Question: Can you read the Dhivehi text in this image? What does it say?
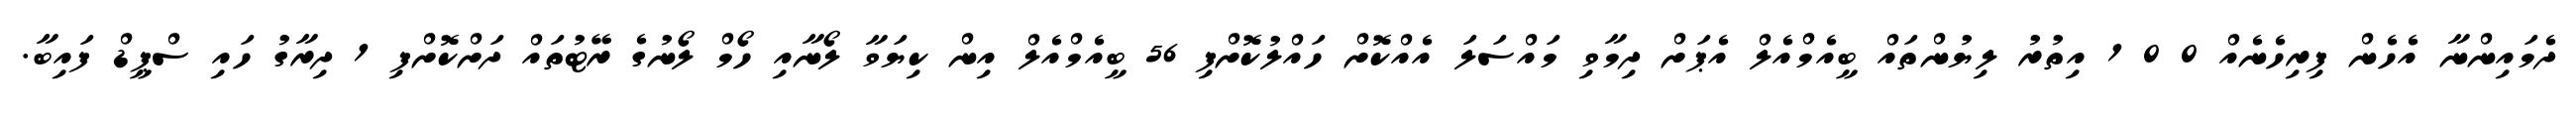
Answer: ދެމައިންނާ އެހެން ފިރިހެނެއް 0 0 1 އިތުރު ލިޔުންތައް ބީއެމްއެލް އެޕަށް ދިމާވި މައްސަލަ އެއްކޮށް ހައްލުކޮށްފި 56 ބީއެމްއެލް އިން ކިޔަވާ ލޯނާއި ހޯމް ލޯނުގެ ރޭޓުތައް ދަށްކޮށްފި 1 ދިރާގު ހައި ސްޕީޑް ފައިބާ.